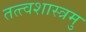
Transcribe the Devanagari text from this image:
तत्त्वशास्त्रमु